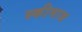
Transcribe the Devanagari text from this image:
स्कीमाज